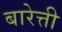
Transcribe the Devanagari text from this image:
बारेत्ती